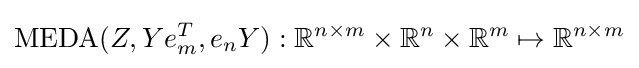
{\text{MEDA}}(Z,Ye_{m}^{T},e_{n}Y):\mathbb {R} ^{n\times m}\times \mathbb {R} ^{n}\times \mathbb {R} ^{m}\mapsto \mathbb {R} ^{n\times m}